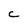
Character: c